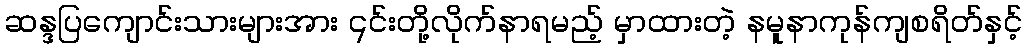
ဆန္ဒပြကျောင်းသားများအား ၎င်းတို့လိုက်နာရမည့် မှာထားတဲ့ နမူနာကုန်ကျစရိတ်နှင့်